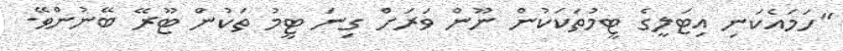
"ހަމައެކަނި އިޓަލީގެ ޓީމުތަކަކުން ނޫން ވަރަށް ގިނަ ޓީމު ތަކުން ޓޫރޭ ބޭނުންވޭ.